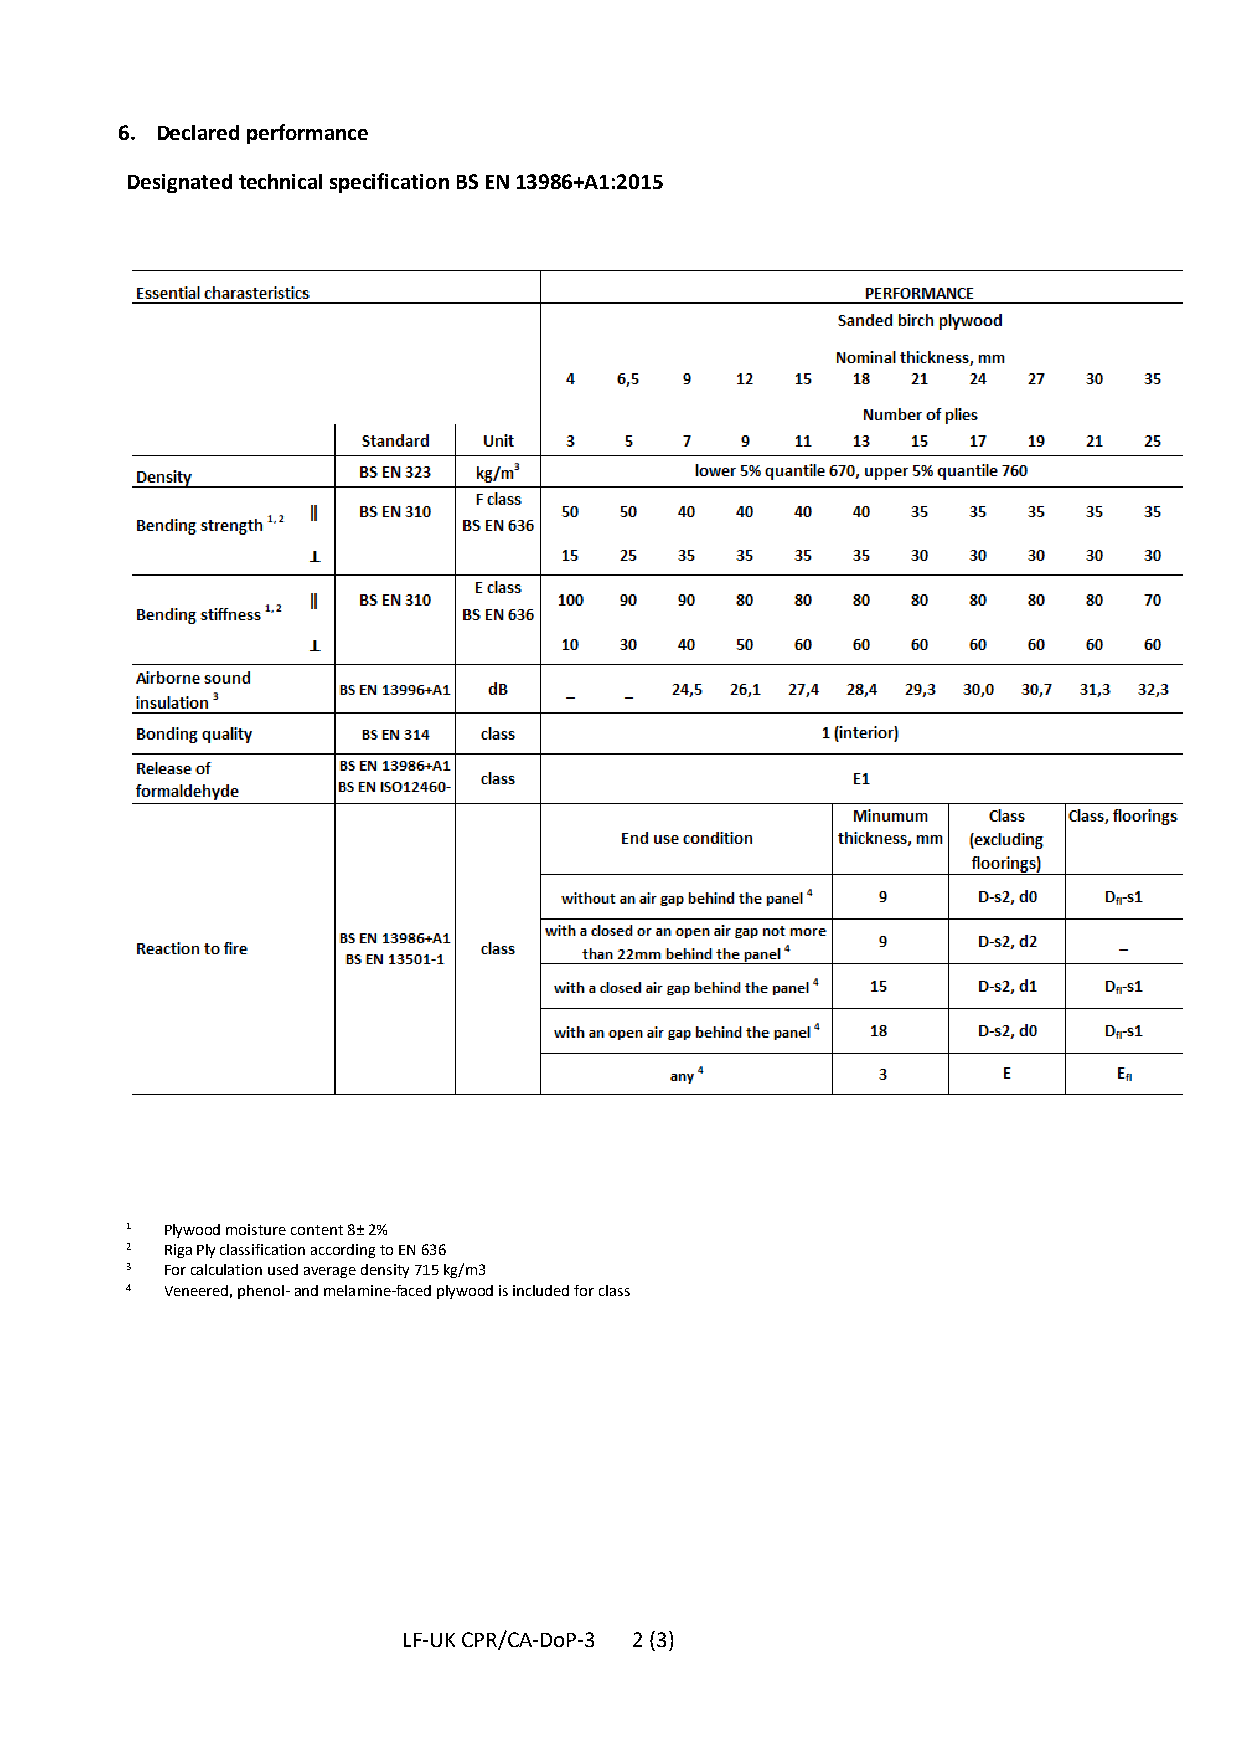
6. Declared performance
 Designated technical specification BS EN 13986+A1:2015
 1  Plywood moisture content 8± 2%
 2  Riga Ply classification according to EN 636
 3  For calculation used average density 715 kg/m3
 4  Veneered, phenol- and melamine-faced plywood is included for class
 LF-UK CPR/CA-DoP-3 2 (3)